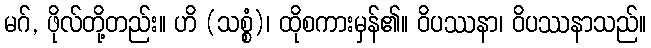
မဂ်, ဖိုလ်တို့တည်း။ ဟိ (သစ္စံ)၊ ထိုစကားမှန်၏။ ဝိပဿနာ၊ ဝိပဿနာသည်။